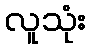
လူသုံး